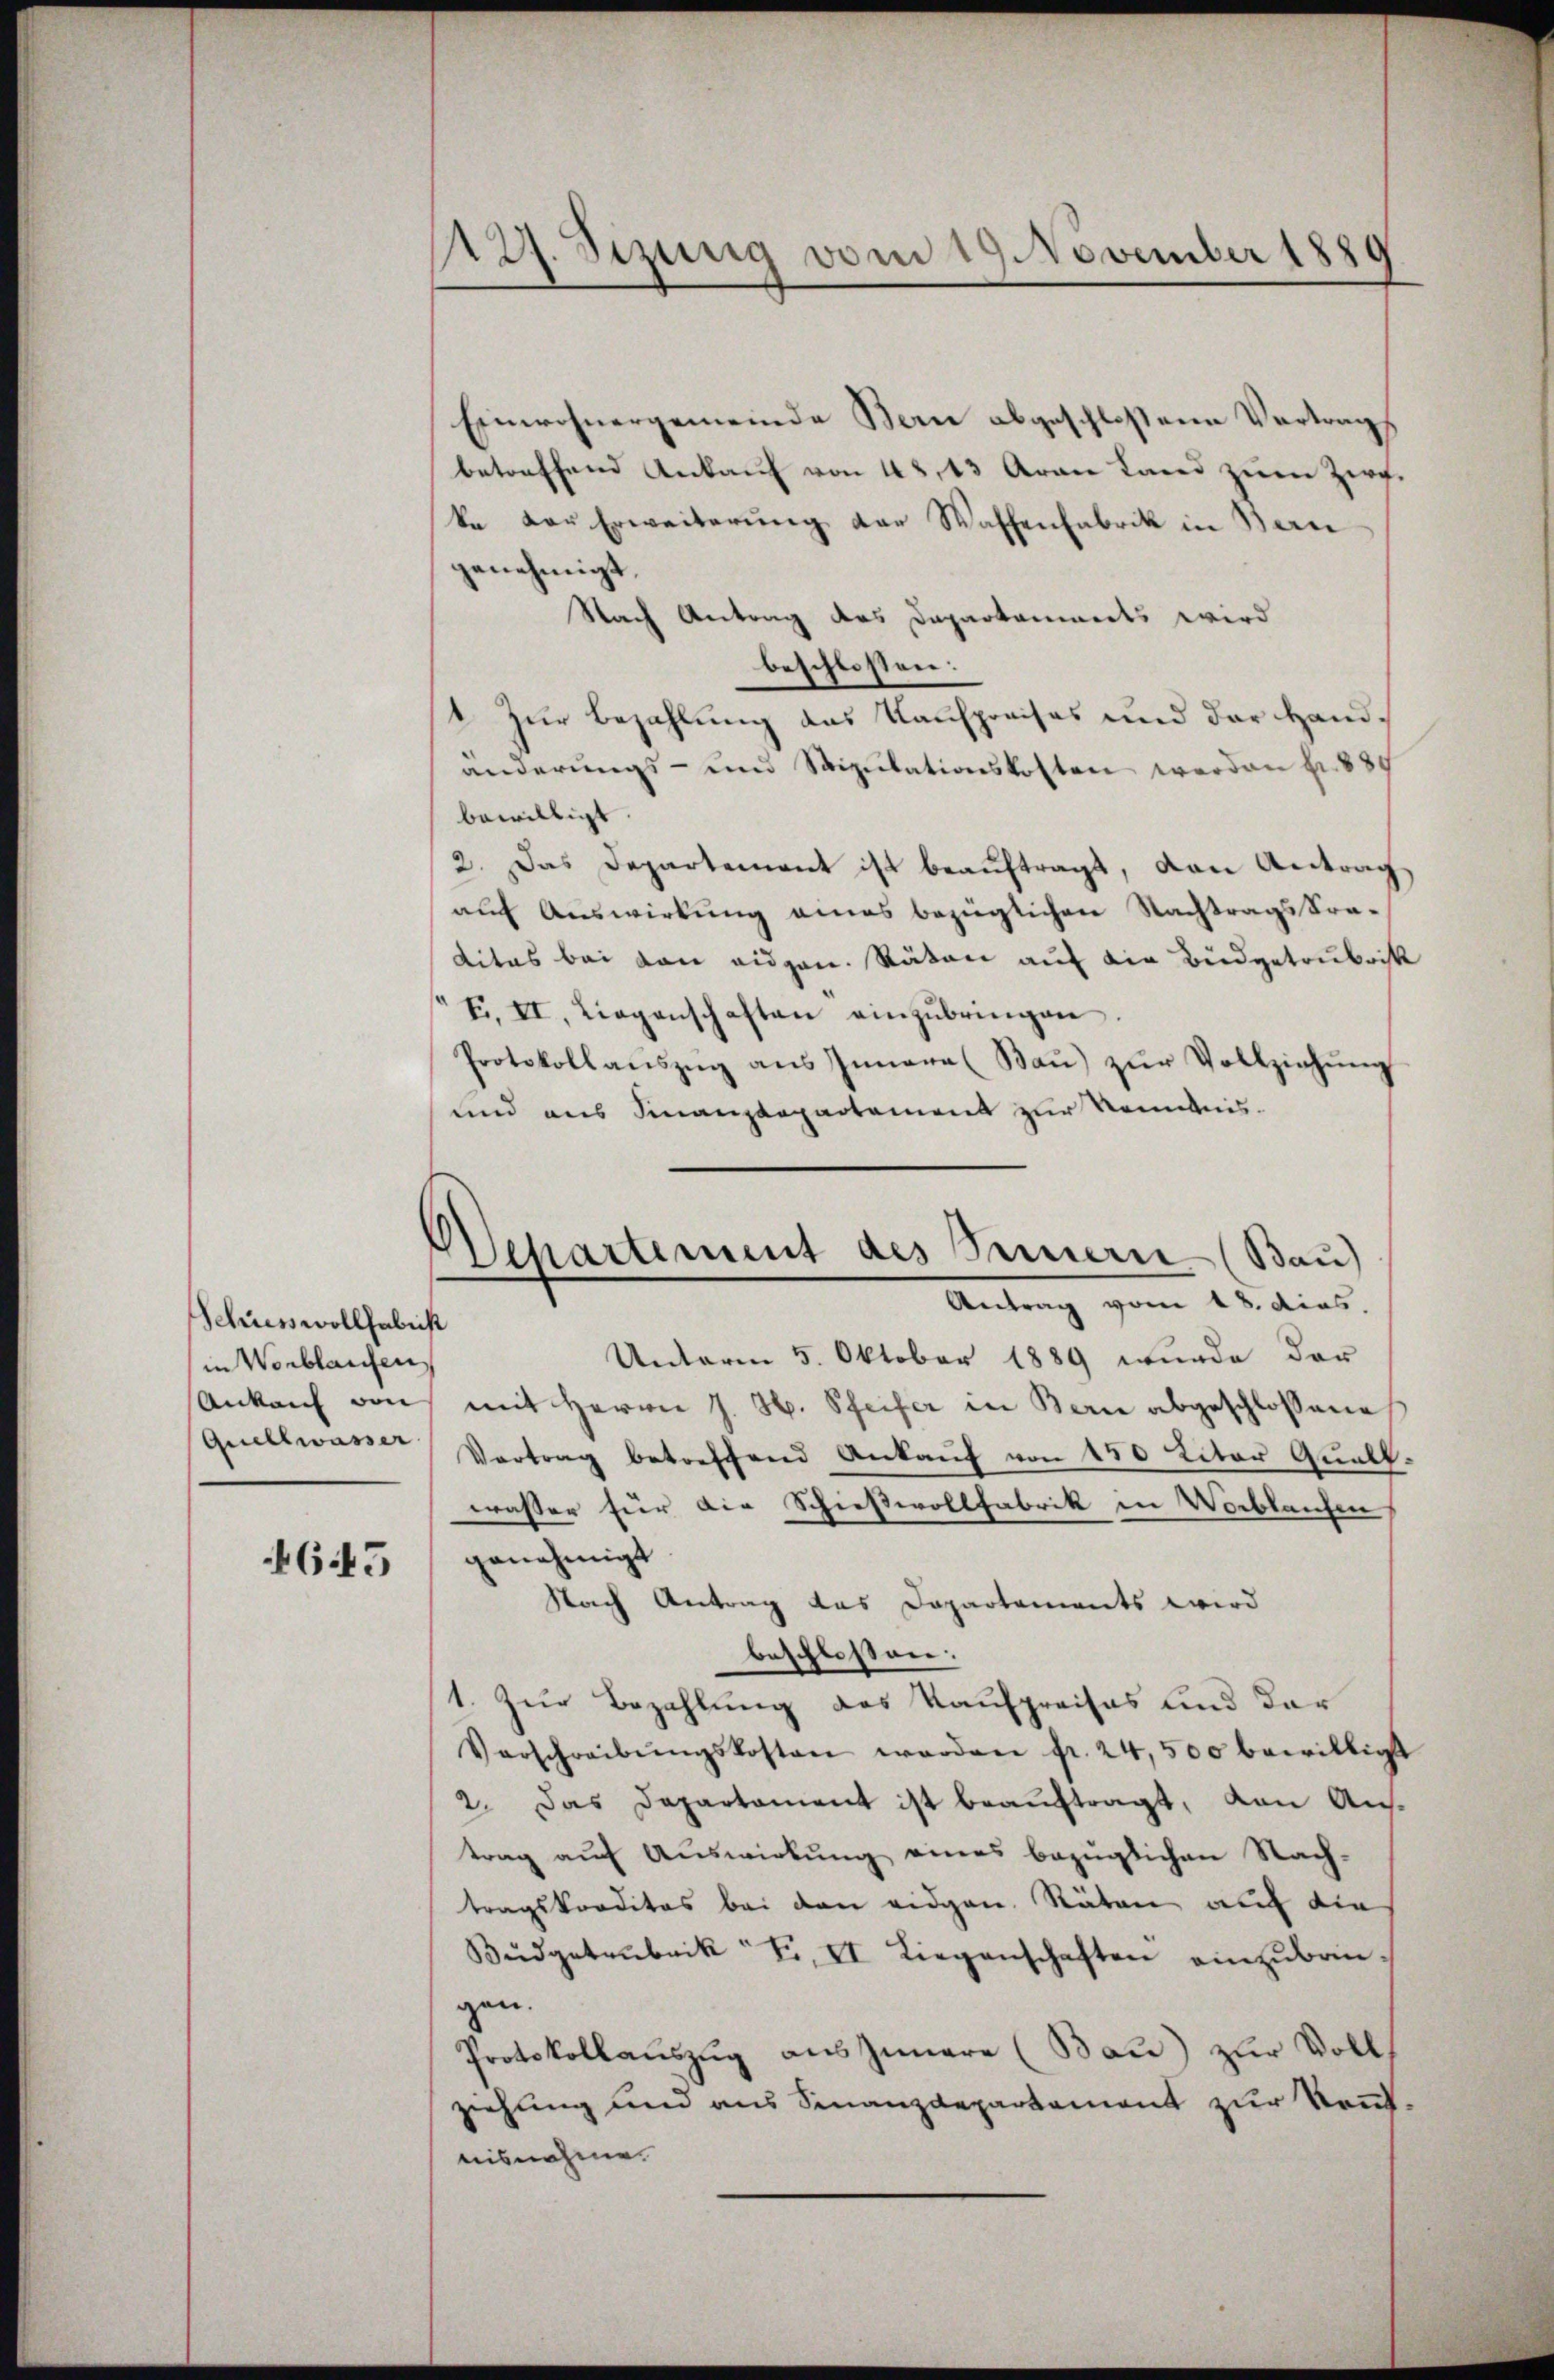
Schriess wollhabest
in Worblaufen
Ankauf von
Quellwasser

4645

127. Sezung vom 19. November 1889

Einwohnergemeinde Bern abgeschloßene Vertrags
betreffend Ankauf von 48, 13 Arau Land zum Zirfka der Erweiterung der Waffenfabrik in Ban
genehmigt.
Nach Antrag des Departonierts wird
beschlossen:
4. Zur Bezahlung das Kaufpreises und der Handänderungs- und Stipulationskosten werden fr. 835
bewilligt
2. Das Departement ist beauftragt, den Antrag
auf Auswirkung eines bezüglichen Nachtragstraditas bei den eidgen. Räten auf die Budgetrubrik
F. II. Liegenschaften einzŭbringen.
Protokollaŭszŭg ans Innere Baŭ) zŭr Vollziehŭng
und aus Finanzdepartement zur Kenntnis.
Unterm 5. Oktober 1889 wurde der
mit Herrn J. H. Pfeifer in Bern abgeschlossene
Vertrag betreffend Ankauf von 150 Liter Quallwasser für die Schießvollfabrik in Worblanchen
genehmigt
Nach Antrag das Departements wird
beschloßen:
1. Zur Bezahlung des Kaufpreises und der
Verschreibŭngskosten werden fr. 24,500 bewilligt
2. Das Departament ist beauftragt, von Aus-
trag auf Auswirkung eines bezüglichen Nachtragskreditas bei den eidgen. Räten auf die
Büdgetrubrik F. II Liegenschaften einzŭbrin-
gen.
Protokollaŭszŭg aŭs Innere (Bau) zur Volks
ziehung und aus Finanzdepartement zur Kenntnisnahme.

Departement des Sennern (Bau)
Antrag vom 18. dies.